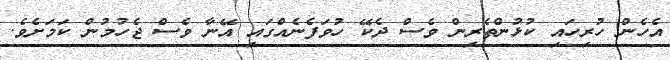
އެހެން ހުރިހައި ކުޅުންތެރިން ވެސް ދެކޭ ހުވަފެނެއްގައި އޭނާ ވެސް ޖެހުމުން ކަމަށެވެ.